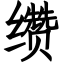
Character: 缵